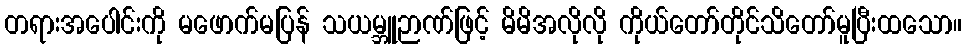
တရားအပေါင်းကို မဖောက်မပြန် သယမ္ဘူဉာဏ်ဖြင့် မိမိအလိုလို ကိုယ်တော်တိုင်သိတော်မူပြီးထသော။